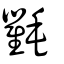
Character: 𣰋